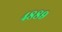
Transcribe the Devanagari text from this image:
४८८९